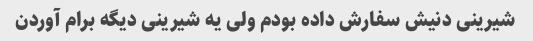
شیرینی دنیش سفارش داده بودم ولی یه شیرینی دیگه برام آوردن